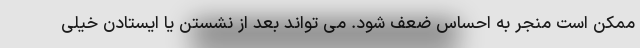
ممکن است منجر به احساس ضعف شود. می تواند بعد از نشستن یا ایستادن خیلی